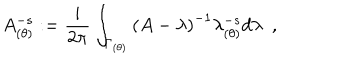
LaTeX: A _ { ( \theta ) } ^ { - s } : = { \frac { i } { 2 \pi } } \int _ { \Gamma _ { ( \theta ) } } \left( A - \lambda \right) ^ { - 1 } \lambda _ { ( \theta ) } ^ { - s } d \lambda \, \, \, ,